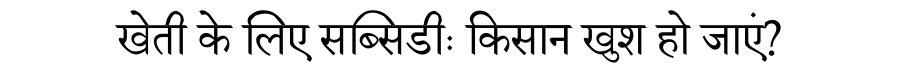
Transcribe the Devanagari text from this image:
खेती के लिए सब्सिडीः किसान खुश हो जाएं?